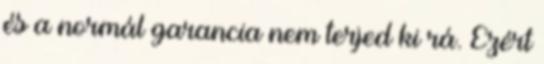
és a normál garancia nem terjed ki rá. Ezért